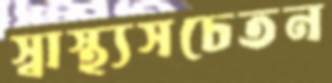
স্বাস্থ্যসচেতন